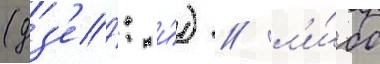
(дз'е́: и́) / л'и́бо